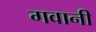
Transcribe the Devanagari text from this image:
गवानी